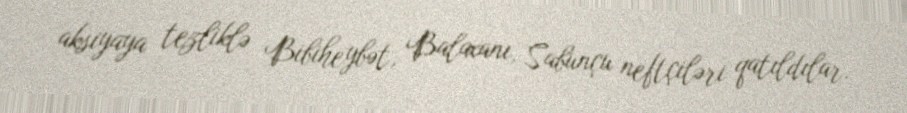
aksiyaya tezliklə Bibiheybət, Balaxanı, Sabunçu neftçiləri qatıldılar.